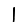
Digit: 1